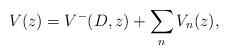
LaTeX: \begin{align*}V(z) = V^-(D, z) + \sum_{n } V_n(z),\end{align*}